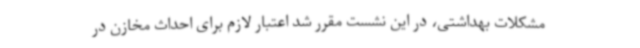
مشکلات بهداشتی، در این نشست مقرر شد اعتبار لازم برای احداث مخازن در